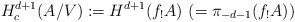
LaTeX: \begin{align*}H^{d+1}_c(A/V) := H^{d+1}(f_! A) \ (= \pi_{-d-1}(f_! A))\end{align*}